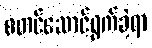
စတင်ဆောင်ရွက်ခဲ့ရာ